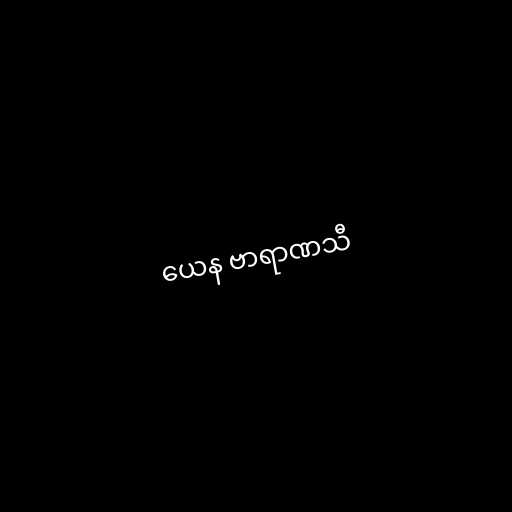
ယေန ဗာရာဏသီ